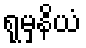
ရုမှနိယံ